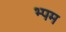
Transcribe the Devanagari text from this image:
भ्पम